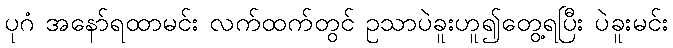
ပုဂံ အနော်ရထာမင်း လက်ထက်တွင် ဥသာပဲခူးဟူ၍တွေ့ရပြီး ပဲခူးမင်း